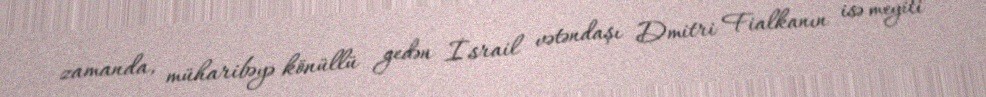
zamanda, müharibəyə könüllü gedən İsrail vətəndaşı Dmitri Fialkanın isə meyiti